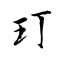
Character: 玎